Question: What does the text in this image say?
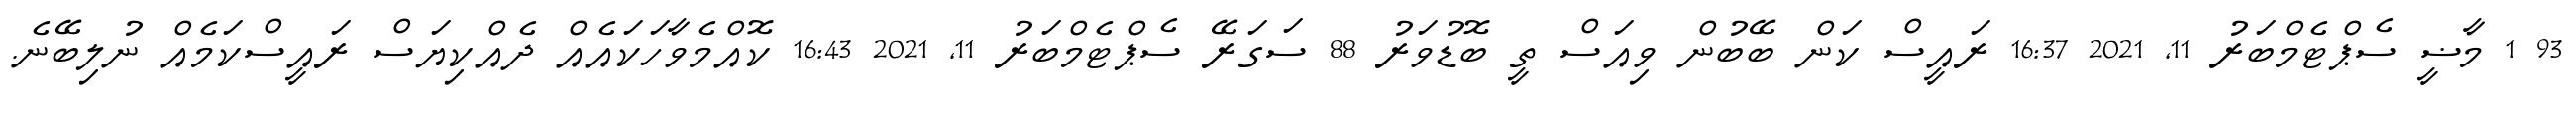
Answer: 93 1 މާޟީ ސެޕްޓެމްބަރު 11, 2021 16:37 ރައީސް ކަން ބޭބުން ވިއަސް ތީ ބޮޑުވަރު 88 ސަގަރޭ ސެޕްޓެމްބަރު 11, 2021 16:43 ކޮއްމެވާހަކައެއް ދެއްކިޔަސް ރައީސްކަމެއް ނުލިބޭނެ.